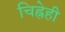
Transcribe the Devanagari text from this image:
चिह्नेही